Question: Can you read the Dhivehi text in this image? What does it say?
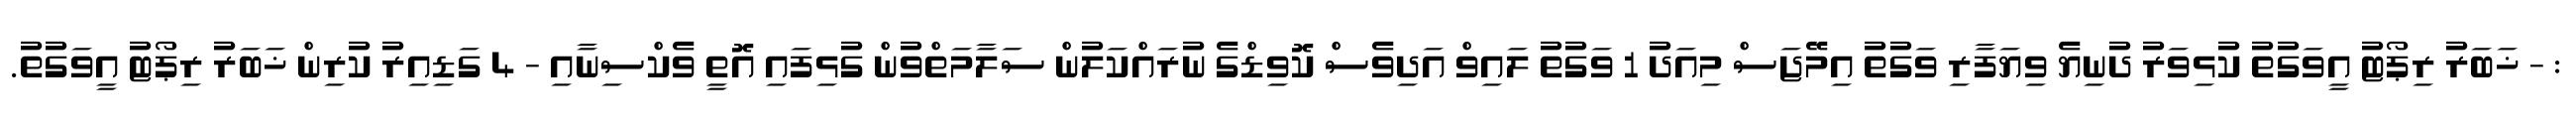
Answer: : - ޚަބަރު ރިޕޯޓު އީވަގުތު ކުޅިވަރު ދުނިޔެ ވިޔަފާރި ވަގުތު އިމޭޖަސް މިއަދު 1 ވަގުތު ލައިވް އަދިވެސް ކޮވިޑްގެ ނުރައްކަލުން ސަލާމަތްވުން ގުޅިފައި އޮތީ ވެކްސިނާއި - 4 ގަޑިއިރު ކުރިން ޚަބަރު ރިޕޯޓު އީވަގުތު.